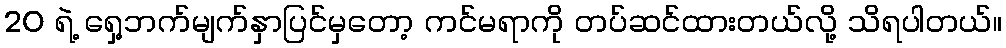
20 ရဲ့ ရှေ့ဘက်မျက်နှာပြင်မှတော့ ကင်မရာကို တပ်ဆင်ထားတယ်လို့ သိရပါတယ်။